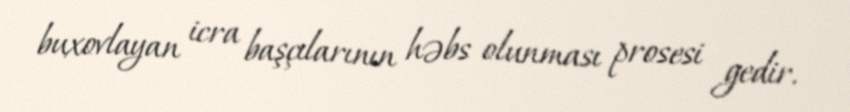
buxovlayan icra başçılarının həbs olunması prosesi gedir.